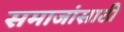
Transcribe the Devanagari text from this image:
समाजांसाठी